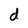
Character: d